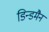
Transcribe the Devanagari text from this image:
डिन्डमैन